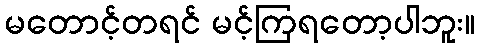
မတောင့်တရင် မင့်ကြရတော့ပါဘူး။